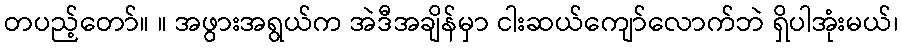
တပည့်တော်။ ။ အဖွားအရွယ်က အဲဒီအချိန်မှာ ငါးဆယ်ကျော်လောက်ဘဲ ရှိပါအုံးမယ်၊